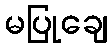
မပြုချေ